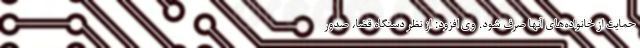
حمایت از خانواده‌های آنها صرف شود. وی افزود: از نظر دستگاه قضا، صدور